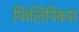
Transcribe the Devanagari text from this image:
फिलिपिकस